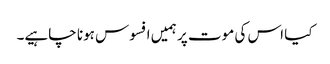
کیا اس کی موت پر ہمیں افسوس ہونا چاہیے۔